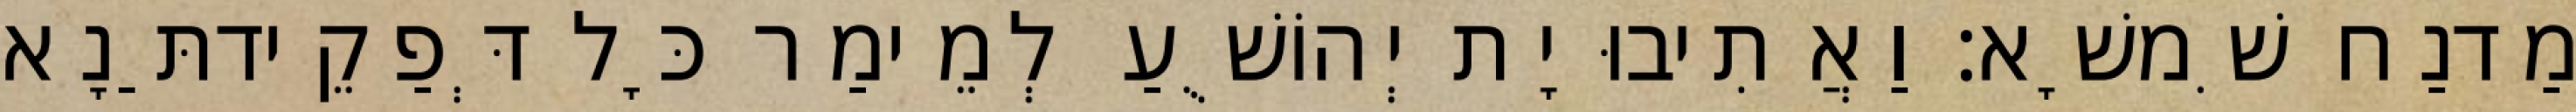
מַדנַח שִׁמשָׁא׃ וַאֲתִיבוּ יָת יְהוֹשֻׁעַ לְמֵימַר כָּל דְּפַקֵידתַּנָא